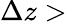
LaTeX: \Delta z>